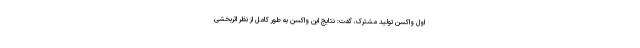
اول واکسن تولید مشترک، گفت: نتایج این واکسن به طور کامل از نظر اثربخشی